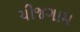
ચીજગામ